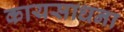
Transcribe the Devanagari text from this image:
कायसाधना